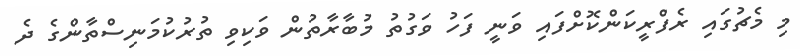
މި މެޗުގައި ރެފްރީކަންކޮށްފައި ވަނީ ފަހު ވަގުތު މުބާރާތުން ވަކިވި ތުރުކުމަނިސްތާންގެ ދެ